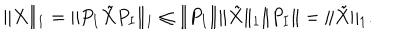
\| X \| _ { 1 } = \| P _ { I } \tilde { X } P _ { I } \| _ { 1 } \le \| P _ { I } \| \| \tilde { X } \| _ { 1 } \| P _ { I } \| = \| \tilde { X } \| _ { 1 } .